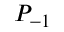
P _ { - 1 }